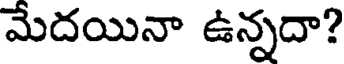
మేదయినా ఉన్నదా?